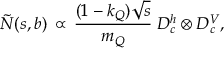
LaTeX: \tilde { N } ( s , b ) \, \propto \, \frac { ( 1 - k _ { Q } ) \sqrt { s } } { m _ { Q } } \; D _ { c } ^ { h } \otimes D _ { c } ^ { V } ,